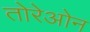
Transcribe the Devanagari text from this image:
तोरेओन